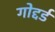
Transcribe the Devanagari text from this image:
गोद्दर्ड